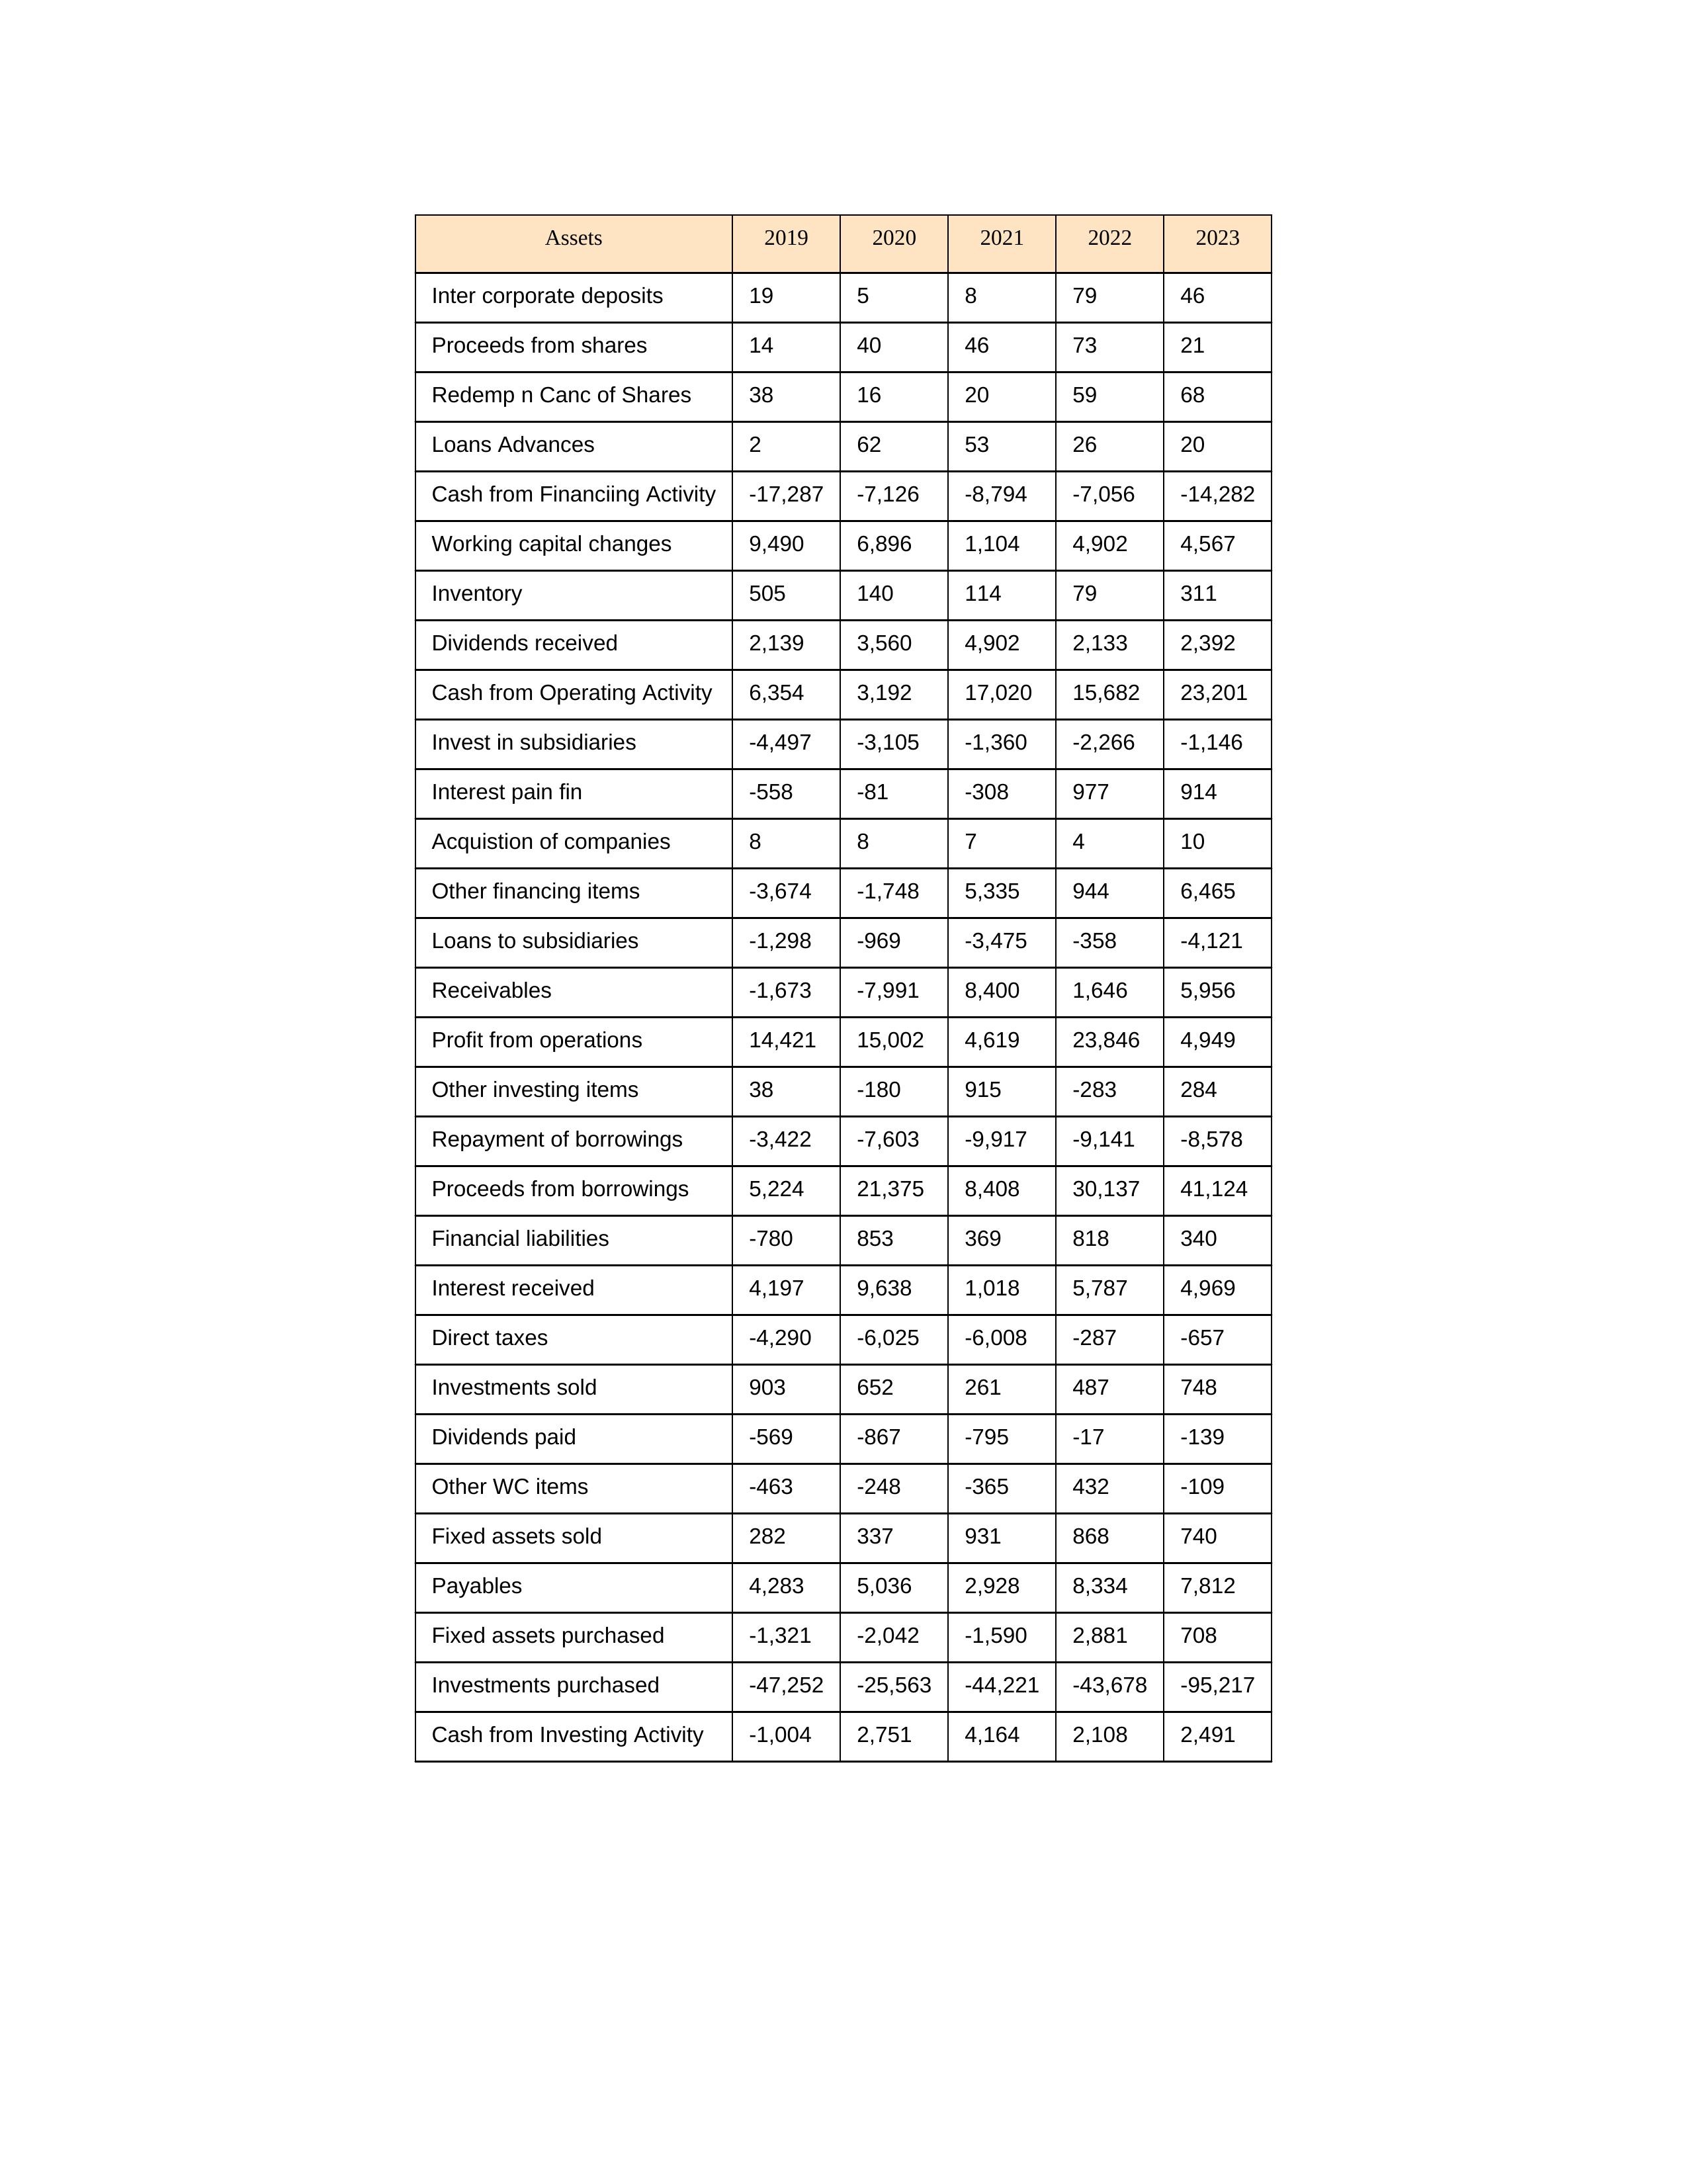
gt_parse: 2019: Cash from Operating Activity: 6,354
Profit from operations: 14,421
Receivables: -1,673
Inventory: 505
Payables: 4,283
Loans Advances: 2
Other WC items: -463
Working capital changes: 9,490
Direct taxes: -4,290
Cash from Investing Activity: -1,004
Fixed assets purchased: -1,321
Fixed assets sold: 282
Investments purchased: -47,252
Investments sold: 903
Interest received: 4,197
Dividends received: 2,139
Invest in subsidiaries: -4,497
Loans to subsidiaries: -1,298
Redemp n Canc of Shares: 38
Acquistion of companies: 8
Inter corporate deposits: 19
Other investing items: 38
Cash from Financiing Activity: -17,287
Proceeds from shares: 14
Proceeds from borrowings: 5,224
Repayment of borrowings: -3,422
Interest pain fin: -558
Dividends paid: -569
Financial liabilities: -780
Other financing items: -3,674
2020: Cash from Operating Activity: 3,192
Profit from operations: 15,002
Receivables: -7,991
Inventory: 140
Payables: 5,036
Loans Advances: 62
Other WC items: -248
Working capital changes: 6,896
Direct taxes: -6,025
Cash from Investing Activity: 2,751
Fixed assets purchased: -2,042
Fixed assets sold: 337
Investments purchased: -25,563
Investments sold: 652
Interest received: 9,638
Dividends received: 3,560
Invest in subsidiaries: -3,105
Loans to subsidiaries: -969
Redemp n Canc of Shares: 16
Acquistion of companies: 8
Inter corporate deposits: 5
Other investing items: -180
Cash from Financiing Activity: -7,126
Proceeds from shares: 40
Proceeds from borrowings: 21,375
Repayment of borrowings: -7,603
Interest pain fin: -81
Dividends paid: -867
Financial liabilities: 853
Other financing items: -1,748
2021: Cash from Operating Activity: 17,020
Profit from operations: 4,619
Receivables: 8,400
Inventory: 114
Payables: 2,928
Loans Advances: 53
Other WC items: -365
Working capital changes: 1,104
Direct taxes: -6,008
Cash from Investing Activity: 4,164
Fixed assets purchased: -1,590
Fixed assets sold: 931
Investments purchased: -44,221
Investments sold: 261
Interest received: 1,018
Dividends received: 4,902
Invest in subsidiaries: -1,360
Loans to subsidiaries: -3,475
Redemp n Canc of Shares: 20
Acquistion of companies: 7
Inter corporate deposits: 8
Other investing items: 915
Cash from Financiing Activity: -8,794
Proceeds from shares: 46
Proceeds from borrowings: 8,408
Repayment of borrowings: -9,917
Interest pain fin: -308
Dividends paid: -795
Financial liabilities: 369
Other financing items: 5,335
2022: Cash from Operating Activity: 15,682
Profit from operations: 23,846
Receivables: 1,646
Inventory: 79
Payables: 8,334
Loans Advances: 26
Other WC items: 432
Working capital changes: 4,902
Direct taxes: -287
Cash from Investing Activity: 2,108
Fixed assets purchased: 2,881
Fixed assets sold: 868
Investments purchased: -43,678
Investments sold: 487
Interest received: 5,787
Dividends received: 2,133
Invest in subsidiaries: -2,266
Loans to subsidiaries: -358
Redemp n Canc of Shares: 59
Acquistion of companies: 4
Inter corporate deposits: 79
Other investing items: -283
Cash from Financiing Activity: -7,056
Proceeds from shares: 73
Proceeds from borrowings: 30,137
Repayment of borrowings: -9,141
Interest pain fin: 977
Dividends paid: -17
Financial liabilities: 818
Other financing items: 944
2023: Cash from Operating Activity: 23,201
Profit from operations: 4,949
Receivables: 5,956
Inventory: 311
Payables: 7,812
Loans Advances: 20
Other WC items: -109
Working capital changes: 4,567
Direct taxes: -657
Cash from Investing Activity: 2,491
Fixed assets purchased: 708
Fixed assets sold: 740
Investments purchased: -95,217
Investments sold: 748
Interest received: 4,969
Dividends received: 2,392
Invest in subsidiaries: -1,146
Loans to subsidiaries: -4,121
Redemp n Canc of Shares: 68
Acquistion of companies: 10
Inter corporate deposits: 46
Other investing items: 284
Cash from Financiing Activity: -14,282
Proceeds from shares: 21
Proceeds from borrowings: 41,124
Repayment of borrowings: -8,578
Interest pain fin: 914
Dividends paid: -139
Financial liabilities: 340
Other financing items: 6,465